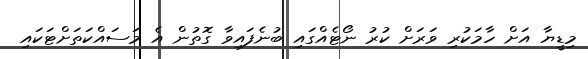
މިޑީޔާ އަށް ހާމަކުރި ވަރަށް ކުރު ނޯޓެއްގައި ބުނެފައިވާ ގޮތުން އެ މަސައްކަތަށްޓަކައި